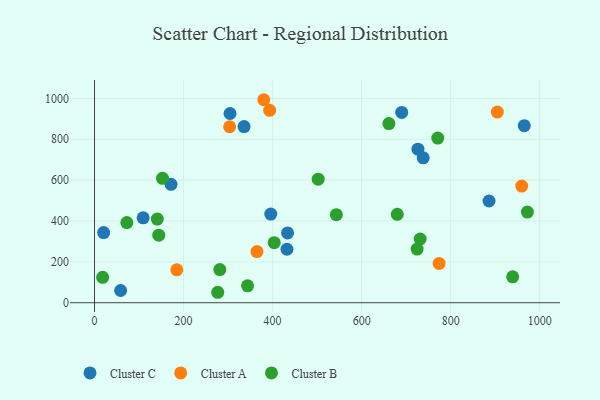
{"axis": {"x": "Distance", "y": "Demand"}, "legend": ["Cluster A", "Cluster B", "Cluster C"], "data": [{"x": "395.9", "y": 433.9, "type": "Cluster C"}, {"x": "726.5", "y": 751.3, "type": "Cluster C"}, {"x": "58.7", "y": 59.8, "type": "Cluster C"}, {"x": "432.3", "y": 261.6, "type": "Cluster C"}, {"x": "171.9", "y": 579.6, "type": "Cluster C"}, {"x": "965.3", "y": 866.6, "type": "Cluster C"}, {"x": "886.2", "y": 497.8, "type": "Cluster C"}, {"x": "335.9", "y": 861.8, "type": "Cluster C"}, {"x": "690.0", "y": 931.4, "type": "Cluster C"}, {"x": "738.3", "y": 709.2, "type": "Cluster C"}, {"x": "304.4", "y": 925.9, "type": "Cluster C"}, {"x": "20.5", "y": 343.3, "type": "Cluster C"}, {"x": "109.2", "y": 415.3, "type": "Cluster C"}, {"x": "433.6", "y": 341.6, "type": "Cluster C"}, {"x": "303.5", "y": 861.1, "type": "Cluster A"}, {"x": "774.0", "y": 192.1, "type": "Cluster A"}, {"x": "184.8", "y": 161.0, "type": "Cluster A"}, {"x": "904.8", "y": 933.1, "type": "Cluster A"}, {"x": "364.9", "y": 250.5, "type": "Cluster A"}, {"x": "393.5", "y": 941.7, "type": "Cluster A"}, {"x": "380.2", "y": 993.4, "type": "Cluster A"}, {"x": "959.6", "y": 570.8, "type": "Cluster A"}, {"x": "18.2", "y": 124.3, "type": "Cluster B"}, {"x": "661.2", "y": 876.5, "type": "Cluster B"}, {"x": "680.0", "y": 432.7, "type": "Cluster B"}, {"x": "771.0", "y": 805.5, "type": "Cluster B"}, {"x": "972.3", "y": 443.5, "type": "Cluster B"}, {"x": "141.0", "y": 409.2, "type": "Cluster B"}, {"x": "543.2", "y": 430.9, "type": "Cluster B"}, {"x": "152.7", "y": 608.6, "type": "Cluster B"}, {"x": "939.3", "y": 126.6, "type": "Cluster B"}, {"x": "281.5", "y": 162.0, "type": "Cluster B"}, {"x": "343.8", "y": 82.6, "type": "Cluster B"}, {"x": "403.6", "y": 293.8, "type": "Cluster B"}, {"x": "144.3", "y": 330.4, "type": "Cluster B"}, {"x": "724.6", "y": 262.4, "type": "Cluster B"}, {"x": "731.5", "y": 311.7, "type": "Cluster B"}, {"x": "72.6", "y": 392.0, "type": "Cluster B"}, {"x": "502.4", "y": 604.7, "type": "Cluster B"}, {"x": "276.8", "y": 51.1, "type": "Cluster B"}]}